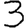
Digit: 3